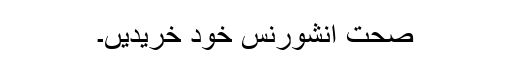
صحت انشورنس خود خریدیں۔